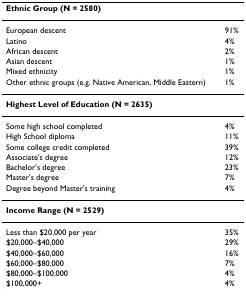
| <COLSPAN=2> Ethnic Group (N = 2580) |
 | --- | --- |
 | European descent | 91% |
 | Latino | 4% |
 | African descent | 2% |
 | Asian descent | 1% |
 | Mixed ethnicity | 1% |
 | Other ethnic groups (e.g. Native American, Middle Eastern) | 1% |
 | <COLSPAN=2> Highest Level of Education (N = 2635) |
 | Some high school completed | 4% |
 | High School diploma | 11% |
 | Some college credit completed | 39% |
 | Associate's degree | 12% |
 | Bachelor's degree | 23% |
 | Master's degree | 7% |
 | Degree beyond Master's training | 4% |
 | <COLSPAN=2> Income Range (N = 2529) |
 | Less than $20,000 per year | 35% |
 | $20,000–$40,000 | 29% |
 | $40,000–$60,000 | 16% |
 | $60,000–$80,000 | 7% |
 | $80,000–$100,000 | 4% |
 | $100,000+ | 4% |